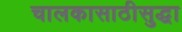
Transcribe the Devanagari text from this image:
चालकासाठीसुद्धा